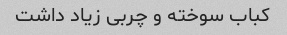
کباب سوخته و چربی زیاد داشت